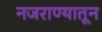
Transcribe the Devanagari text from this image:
नजराण्यातून